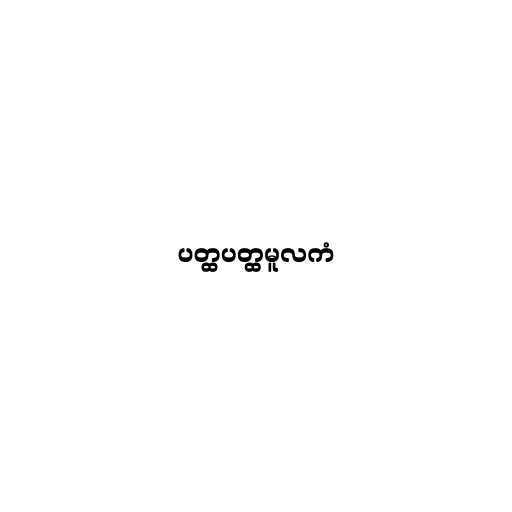
ပတ္ထပတ္ထမူလကံ